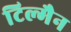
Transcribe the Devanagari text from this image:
टिल्मैन